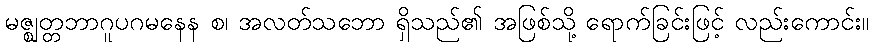
မဇ္ဈတ္တဘာဂူပဂမနေန စ၊ အလတ်သဘော ရှိသည်၏ အဖြစ်သို့ ရောက်ခြင်းဖြင့် လည်းကောင်း။